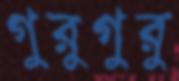
গুরুগুরু